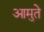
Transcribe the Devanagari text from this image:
आमुते